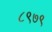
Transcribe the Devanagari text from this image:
८९७९